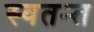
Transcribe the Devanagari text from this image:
स्वतन्त